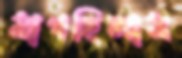
মাগছিলাম